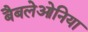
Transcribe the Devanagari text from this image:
बैबलेओनिया